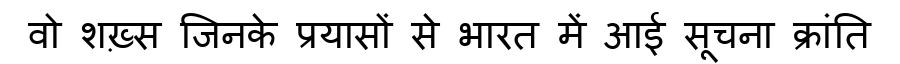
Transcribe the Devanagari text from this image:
वो शख़्स जिनके प्रयासों से भारत में आई सूचना क्रांति